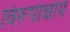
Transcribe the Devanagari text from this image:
विरूपाक्षाय